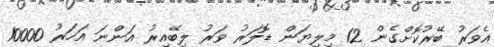
އެވަރު ބޭރުކޮށްގެން 12 މިލިޔަން ޑޮލަރު ވަރު ލިބޭއިރު އަންނަ އަހަރު 10000